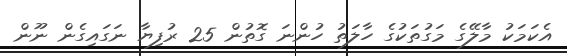
އެކަމަކު މާލޭގެ މަގުތަކުގެ ހާލަތު ހުންނަ ގޮތުން 25 ރުފިޔާ ނަގައިގެން ނޫން